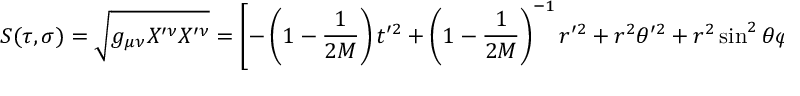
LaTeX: S ( \tau , \sigma ) = \sqrt { g _ { \mu \nu } X ^ { \prime \nu } X ^ { \prime \nu } } = \left[ - \left( 1 - \frac { 1 } { 2 M } \right) t ^ { \prime 2 } + \left( 1 - \frac { 1 } { 2 M } \right) ^ { - 1 } r ^ { \prime 2 } + r ^ { 2 } \theta ^ { \prime 2 } + r ^ { 2 } \sin ^ { 2 } { \theta } \varphi ^ { \prime 2 } \right] ^ { 1 / 2 } .